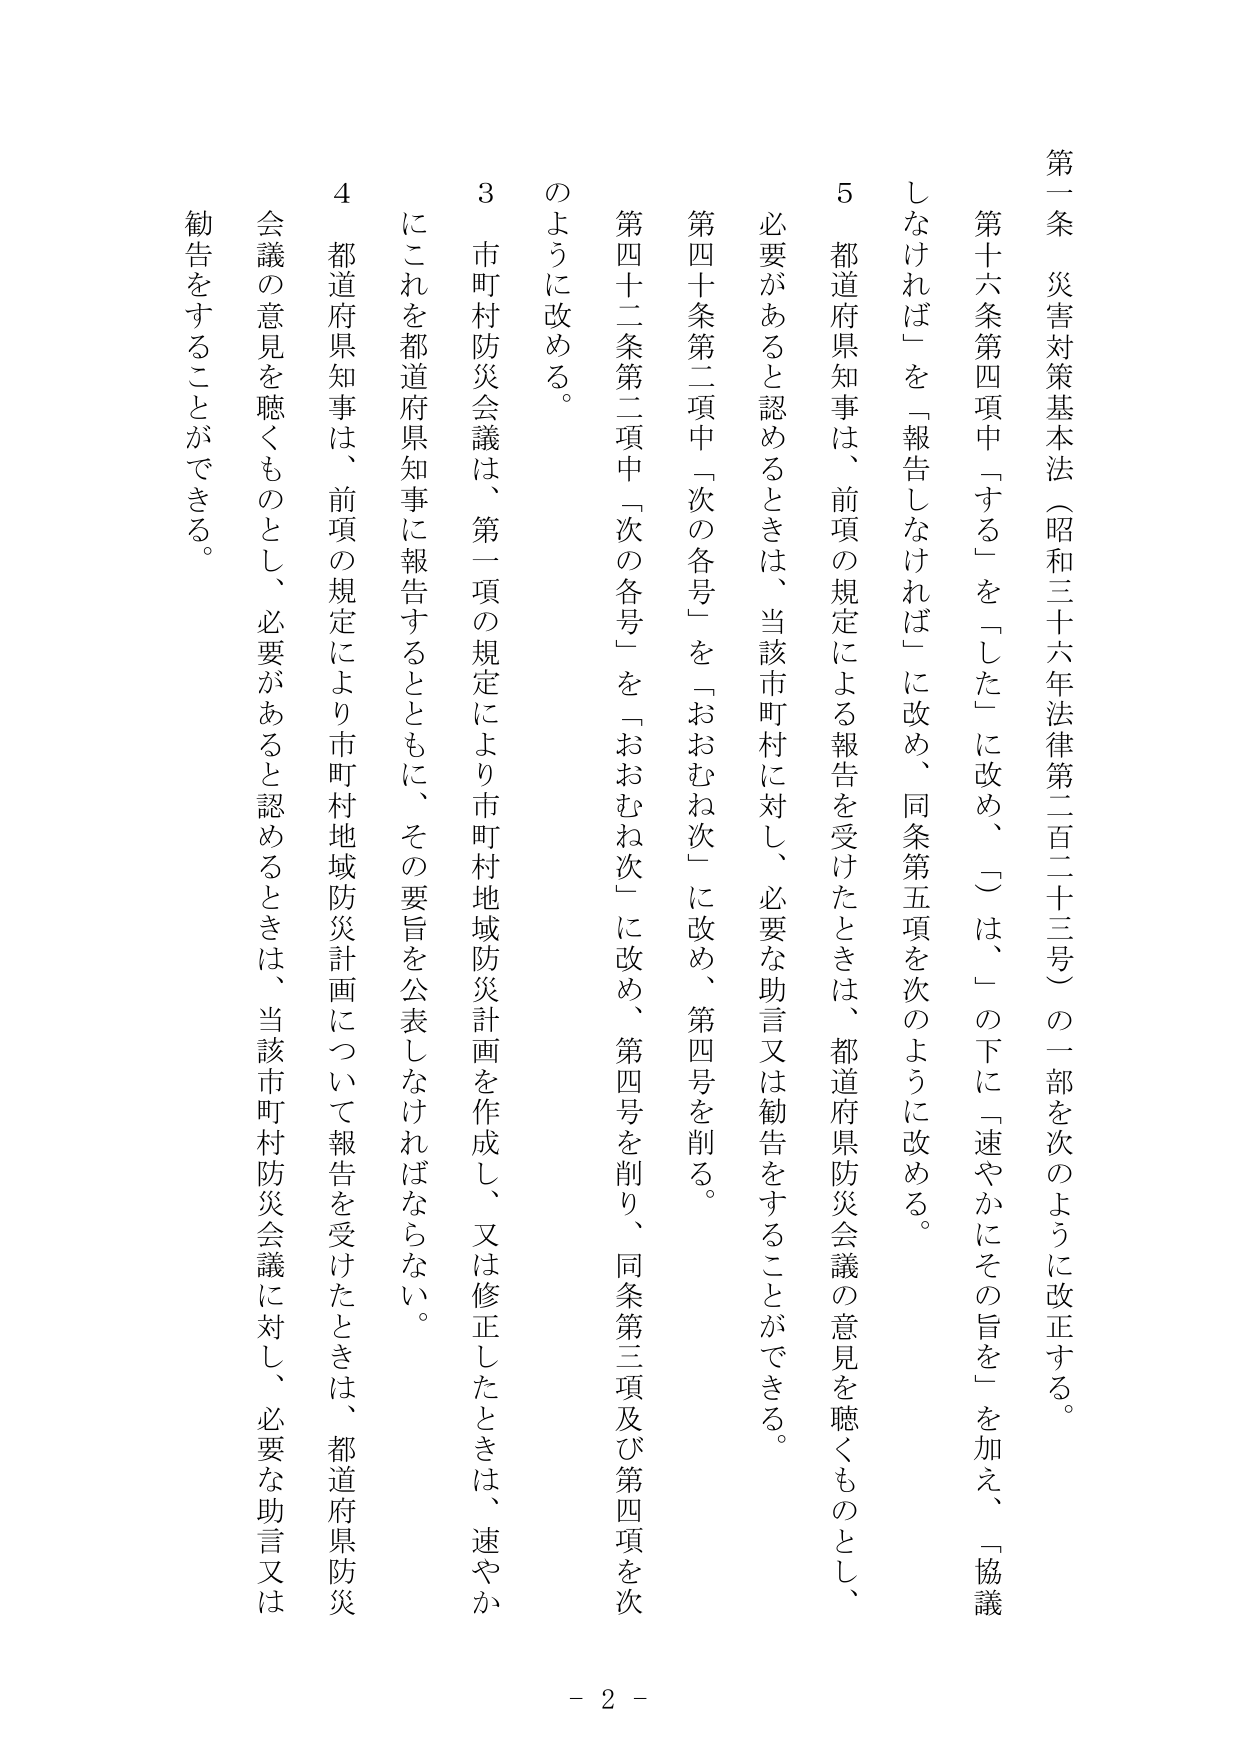
第一条 災害対策基本法（昭和三十六年法律第二百二十三号）の一部を次のように改正する。

第十六条第四項中「する」を「した」に改め、○は、「の下に「速やかにその旨を」を加え、「協議しなければ」を「報告しなければ」に改め、同条第五項を次のように改める。

５ 都道府県知事は、前項の規定による報告を受けたときは、都道府県防災会議の意見を聴くものとし、必要があると認めるときは、当該市町村に対し、必要な助言又は勧告をすることができる。

第四十条第二項中「次の各号」を「おおむね次」に改め、第四号を削る。

第四十二条第二項中「次の各号」を「おおむね次」に改め、第四号を削り、同条第三項及び第四項を次のように改める。

３ 市町村防災会議は、第一項の規定により市町村地域防災計画を作成し、又は修正したときは、速やかにこれを都道府県知事に報告するとともに、その要旨を公表しなければならない。

４ 都道府県知事は、前項の規定により市町村地域防災計画について報告を受けたときは、都道府県防災会議の意見を聴くものとし、必要があると認めるときは、当該市町村防災会議に対し、必要な助言又は勧告をすることができる。

- 2 -